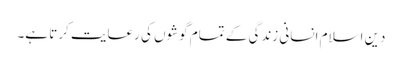
دین ِاسلام انسانی زندگی کے تمام گوشوں کی رعایت کرتا ہے۔